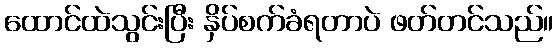
ထောင်ထဲသွင်းပြီး နှိပ်စက်ခံရတာပဲ ဖတ်တင်သည်။